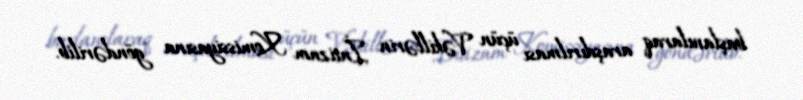
başlanılaraq araşdırılması üçün Vəkillərin İntizam Komissiyasına göndərilib.